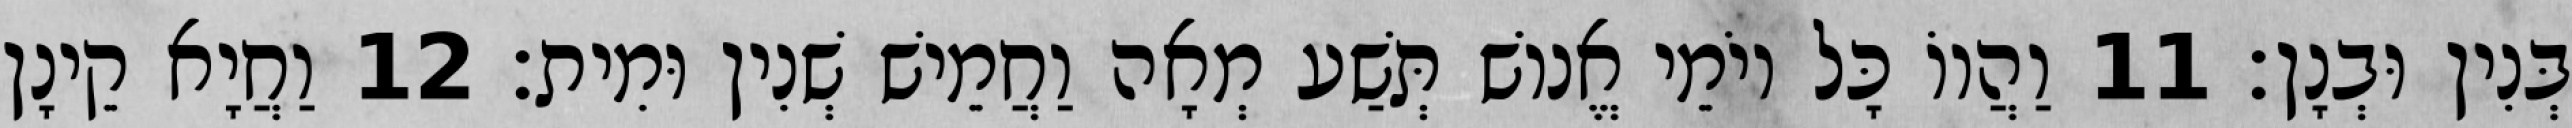
בְּנִין וּבְנָן׃ 11 וַהֲווֹ כָּל יוֹמֵי אֱנוֹשׁ תְּשַׁע מְאָה וַחֲמֵישׁ שְׁנִין וּמִית׃ 12 וַחֲיָא קֵינָן